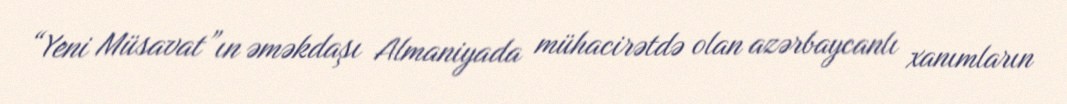
“Yeni Müsavat”ın əməkdaşı Almaniyada mühacirətdə olan azərbaycanlı xanımların